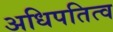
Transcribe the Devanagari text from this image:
अधिपतित्व